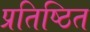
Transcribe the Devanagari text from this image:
प्रतिष्ठित